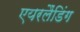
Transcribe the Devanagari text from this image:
एयरलैंडिंग